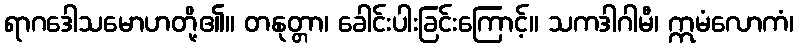
ရာဂဒေါသမောဟတို့၏။ တနုတ္တာ၊ ခေါင်းပါးခြင်းကြောင့်။ သကဒါဂါမီ၊ ဣမံလောကံ၊